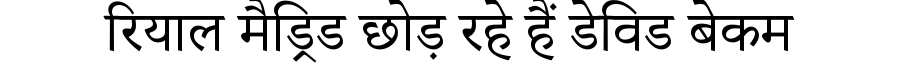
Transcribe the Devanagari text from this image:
रियाल मैड्रिड छोड़ रहे हैं डेविड बेकम